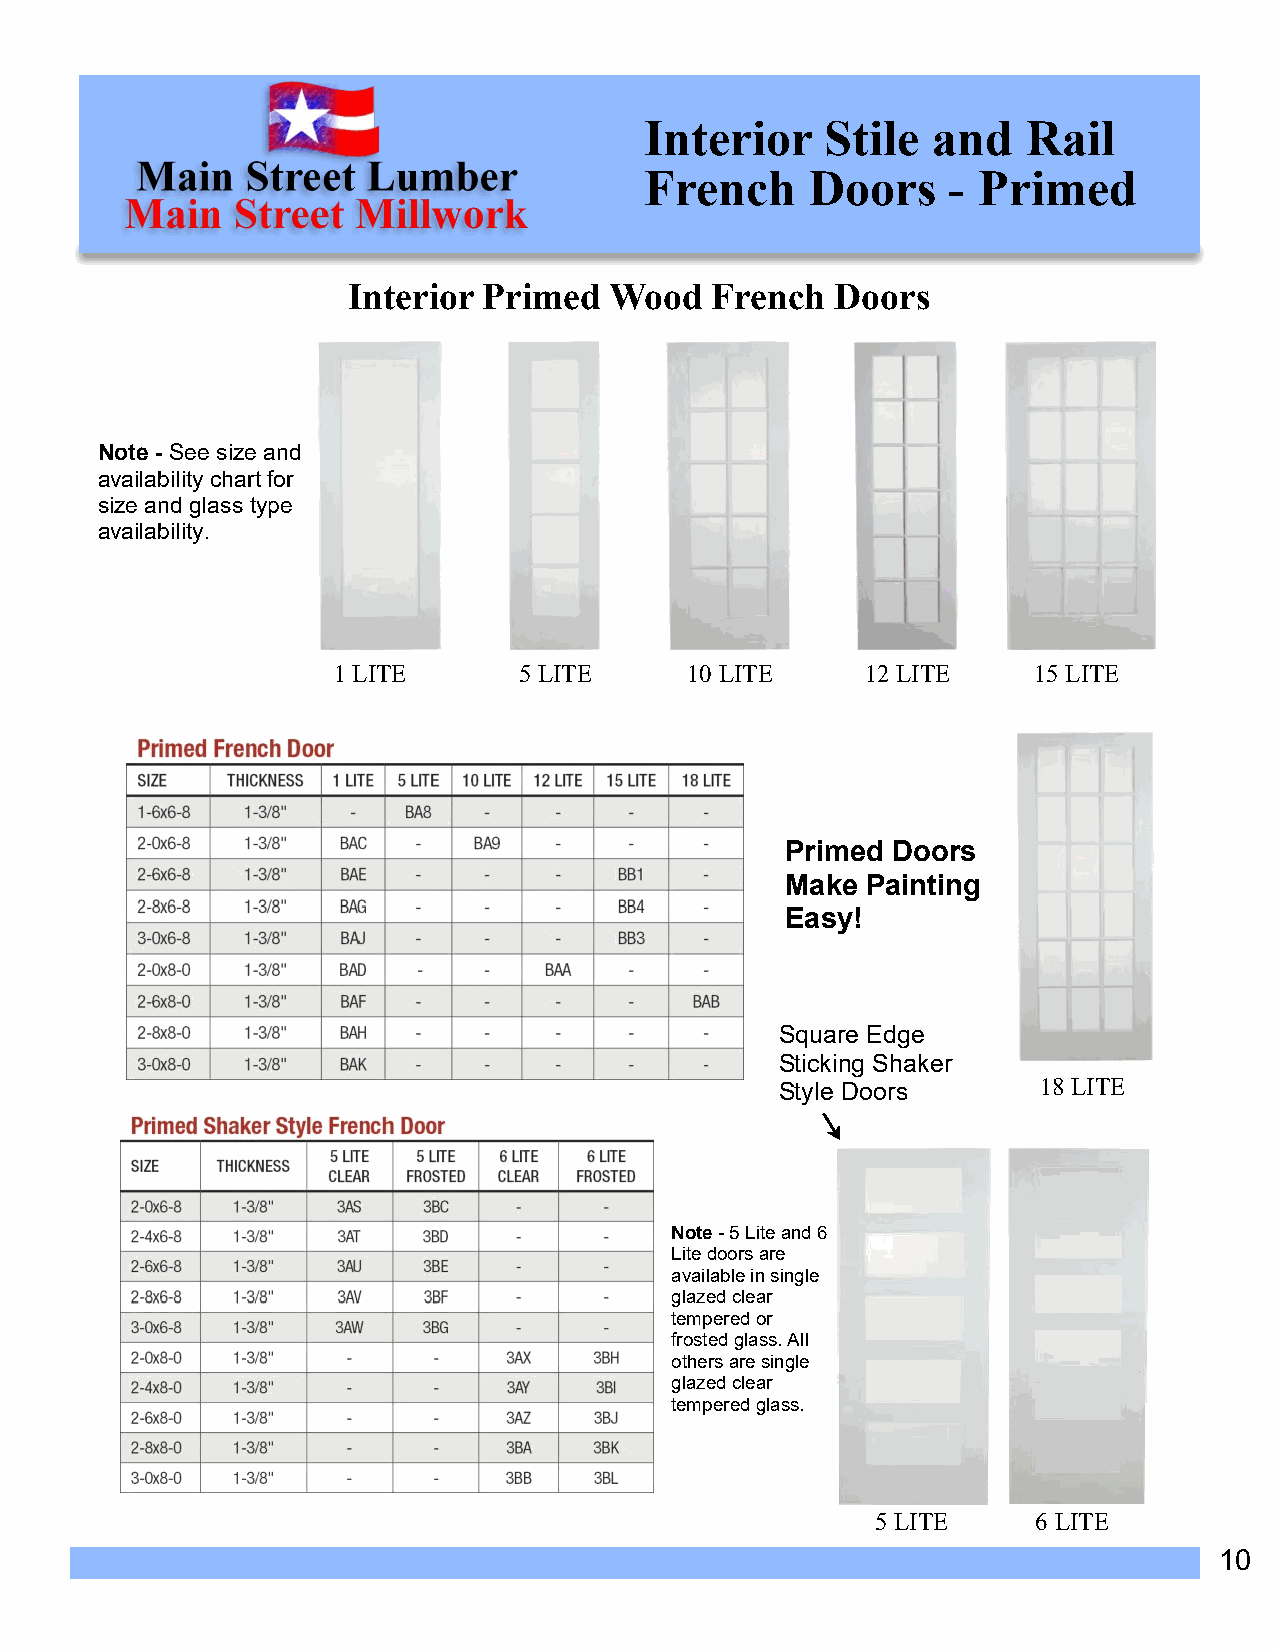
Interior    Stile  and   Rail
 French     Doors    - Primed
 Interior Primed  Wood   French  Doors
 Note - See size and
 availability chart for
 size and glass type
 availability.
 1 LITE      5 LITE      10 LITE    12 LITE    15 LITE
 Primed Doors
 Make Painting
 Easy!
 Square Edge
 Sticking Shaker
 Style Doors      18 LITE
 Note - 5 Lite and 6
 Lite doors are
 available in single
 glazed clear
 tempered or
 frosted glass. All
 others are single
 glazed clear
 tempered glass.
 5 LITE     6 LITE
 10